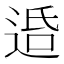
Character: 𨓈